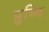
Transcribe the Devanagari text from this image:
प्रुथ्वि